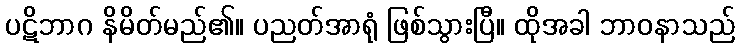
ပဋိဘာဂ နိမိတ်မည်၏။ ပညတ်အာရုံ ဖြစ်သွားပြီ။ ထိုအခါ ဘာဝနာသည်